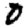
Digit: 0